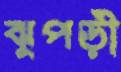
ঝুপড়ী